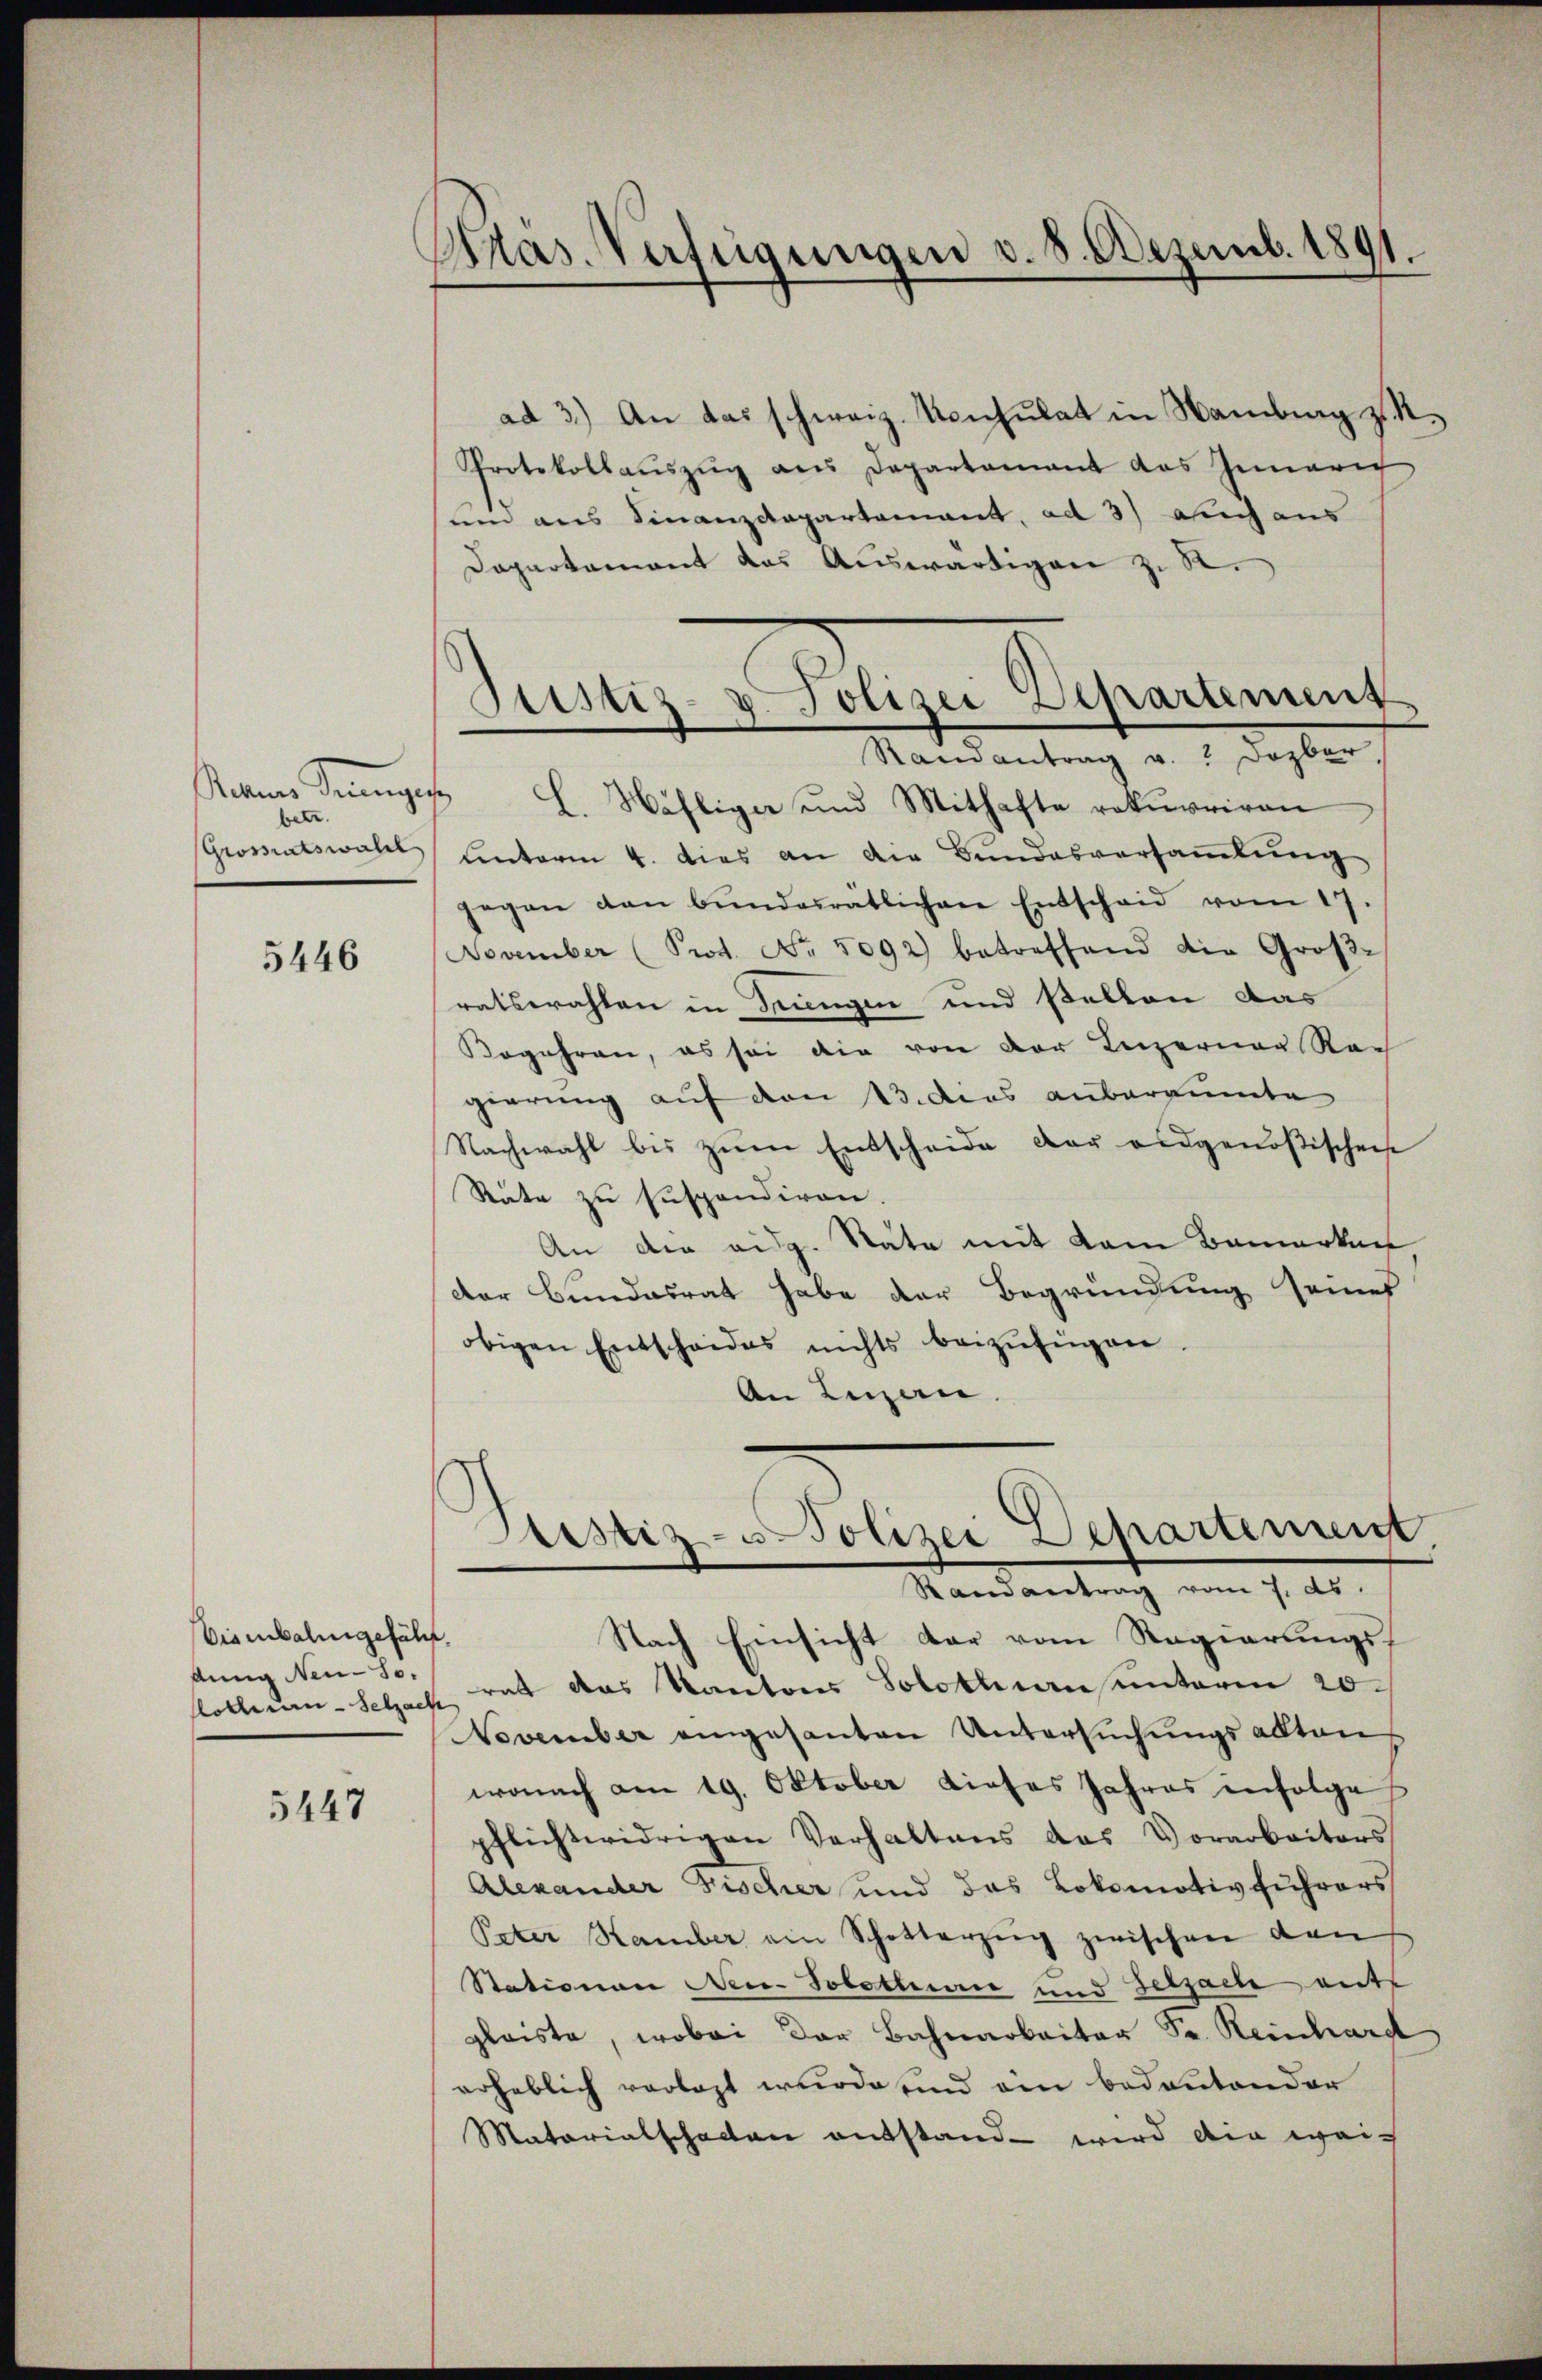
betr.

5446

Visenbahngefährt,
dung Neu-So.
Roth um Selzach

5447

Präs. Verfügungen v. 8. Dezemb. 1891.

Justiz- & Polizei Departement
Randantrag v. Dozber,

ad 3.) An das schweiz. Konsulat in Namburg zu¬
Protokollaŭszŭg ans Departamant das Inneric
um aus Finanzdepartement, ad 3) auch aus
Dopartamant das Auswärtigen z. R.
Raris Dinges L. Wählige und Mithafte rekurriren
Grossratswald hinterm 4. dies an die Bundesversaṁlŭng
gegen dan bŭndesratlichen Entscheid vom 17.
November (Prot. No. 5092) betreffend die Groß-
ratswahlen in Trungen und stellen das
Begehren, es sei die von der Luzerner Rac
gierung auf den 13. dies aubarunte
Nachwahl bis zŭm Entscheide der eidgenößischen
Räte zu suspendiren.
An die eidg. Stäte mit dem Bemerken
der Bundesrat habe der Begründung seines
obigen Entscheides nichts beizufügen.
An Luzern.

Justiz- u Polizei Departement.
Randantrag vom 7. ds.

Nach Einsicht dar vom Regierungsrat das Kantons Solothurn unterm 20.
NNovember eingesanten Untersuchungsakten
wonach am 19. Oktober dieses Jahres infolge
pflichtwidrigen Verhaltens das Vorarbeiters
Alexander Fischer und das Lokomotivführers
Peter Hamber ein Schotterzŭg zwischen den
Stationen Neu-Solothurn und Gelzach auf
gleiste, wobei der Bahnarbeiter Sr. Reinhard
erheblich verlast wurde sind ein bedeutender
Matorialschalten entstand wird die wei¬